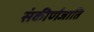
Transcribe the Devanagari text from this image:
संकीर्णजाति